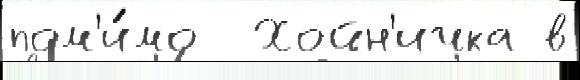
пом'и́мо  Хойн'ичка в